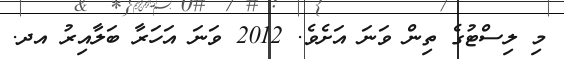
މި ލިސްޓުގެ ތިން ވަނަ އަށެވެ. 2012 ވަނަ އަހަރާ ބަލާއިރު އދ.